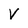
Character: V